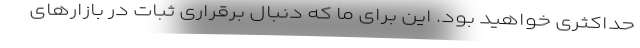
حداکثری خواهید بود. این برای ما که دنبال برقراری ثبات در بازار‌های